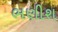
ભણીશ